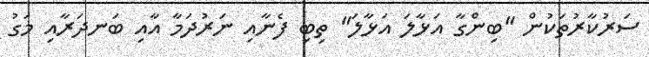
ސަރުކާރުތަކުން "ބިންގާ އަޅާލަ އަޅާލަ" ތިބި ފެނާއި ނަރުދަމާ އާއި ބަނދަރާއި މަގު